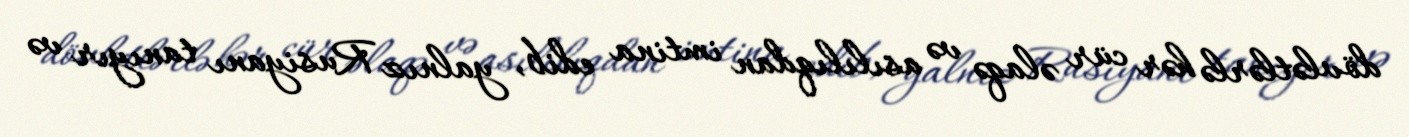
dövlətlərlə hər cür əlaqə və asılılıqdan imtina edib, yalnız Rusiyanı tanıyır və